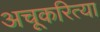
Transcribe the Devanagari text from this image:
अचूकरित्या